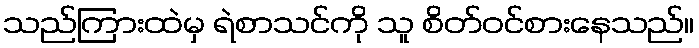
သည်ကြားထဲမှ ရဲစာသင်ကို သူ စိတ်ဝင်စားနေသည်။